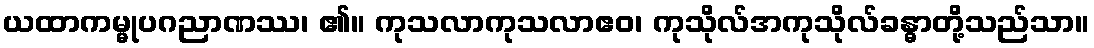
ယထာကမ္မုပဂညာဏဿ၊ ၏။ ကုသလာကုသလာဧဝ၊ ကုသိုလ်အကုသိုလ်ခန္ဓာတို့သည်သာ။